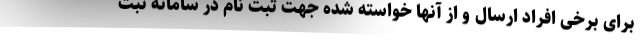
برای برخی افراد ارسال و از آنها خواسته شده جهت ثبت نام در سامانه ثبت